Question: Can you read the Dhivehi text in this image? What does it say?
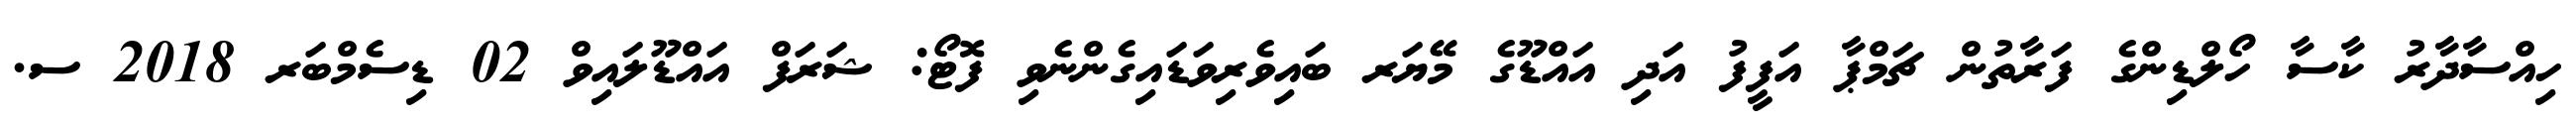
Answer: ހިއްސާދާރު ކާސާ ހޯލްޑިންގެ ފަރާތުން ޗަމްޕާ އަފީފު އަދި އައްޑޫގެ މޭޔަރ ބައިވެރިވަޑައިގެންނެވި ފޮޓޯ: ޝަރަފް އައްޑޫލައިވް 02 ޑިސެމްބަރ 2018 ސ.